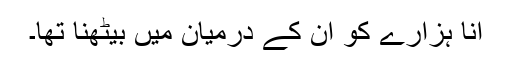
انا ہزارے کو ان کے درمیان میں بیٹھنا تھا۔